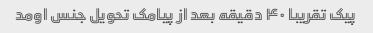
پیک تقریبا ۴۰ دقیقه بعد از پیامک تحویل جنس اومد